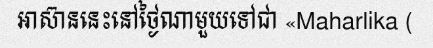
អាស៊ាននេះនៅថ្ងៃណាមួយទៅជា «Maharlika (